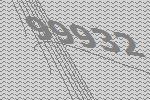
99932